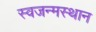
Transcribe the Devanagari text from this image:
स्वजन्मस्थान